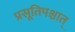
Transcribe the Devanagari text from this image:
प्रसूतिपश्चात्